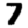
Digit: 7